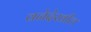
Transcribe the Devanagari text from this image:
वनेदेखील